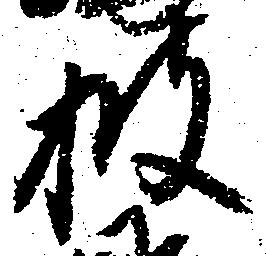
披